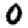
Digit: 0